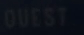
OUEST